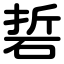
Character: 硩